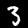
Digit: 3